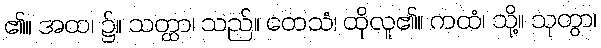
၏။ အထ၊ ၌။ သတ္ထာ၊ သည်။ တေသံ၊ ထိုလူ၏။ ကထံ၊ သို့။ သုတွာ၊